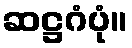
ဆဋ္ဌဂံပုံ။